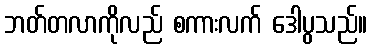
ဘတ်တလာကိုလည် စကားလက် ဒေါပွသည်။